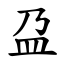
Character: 盁